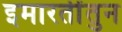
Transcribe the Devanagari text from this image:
इमारतींतुन